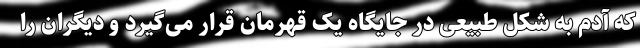
که آدم به شکل طبیعی در جایگاه یک قهرمان قرار می‌گیرد و دیگران را